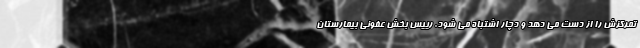
تمرکزش را از دست می دهد و دچار اشتباه می شود. رییس بخش عفونی بیمارستان